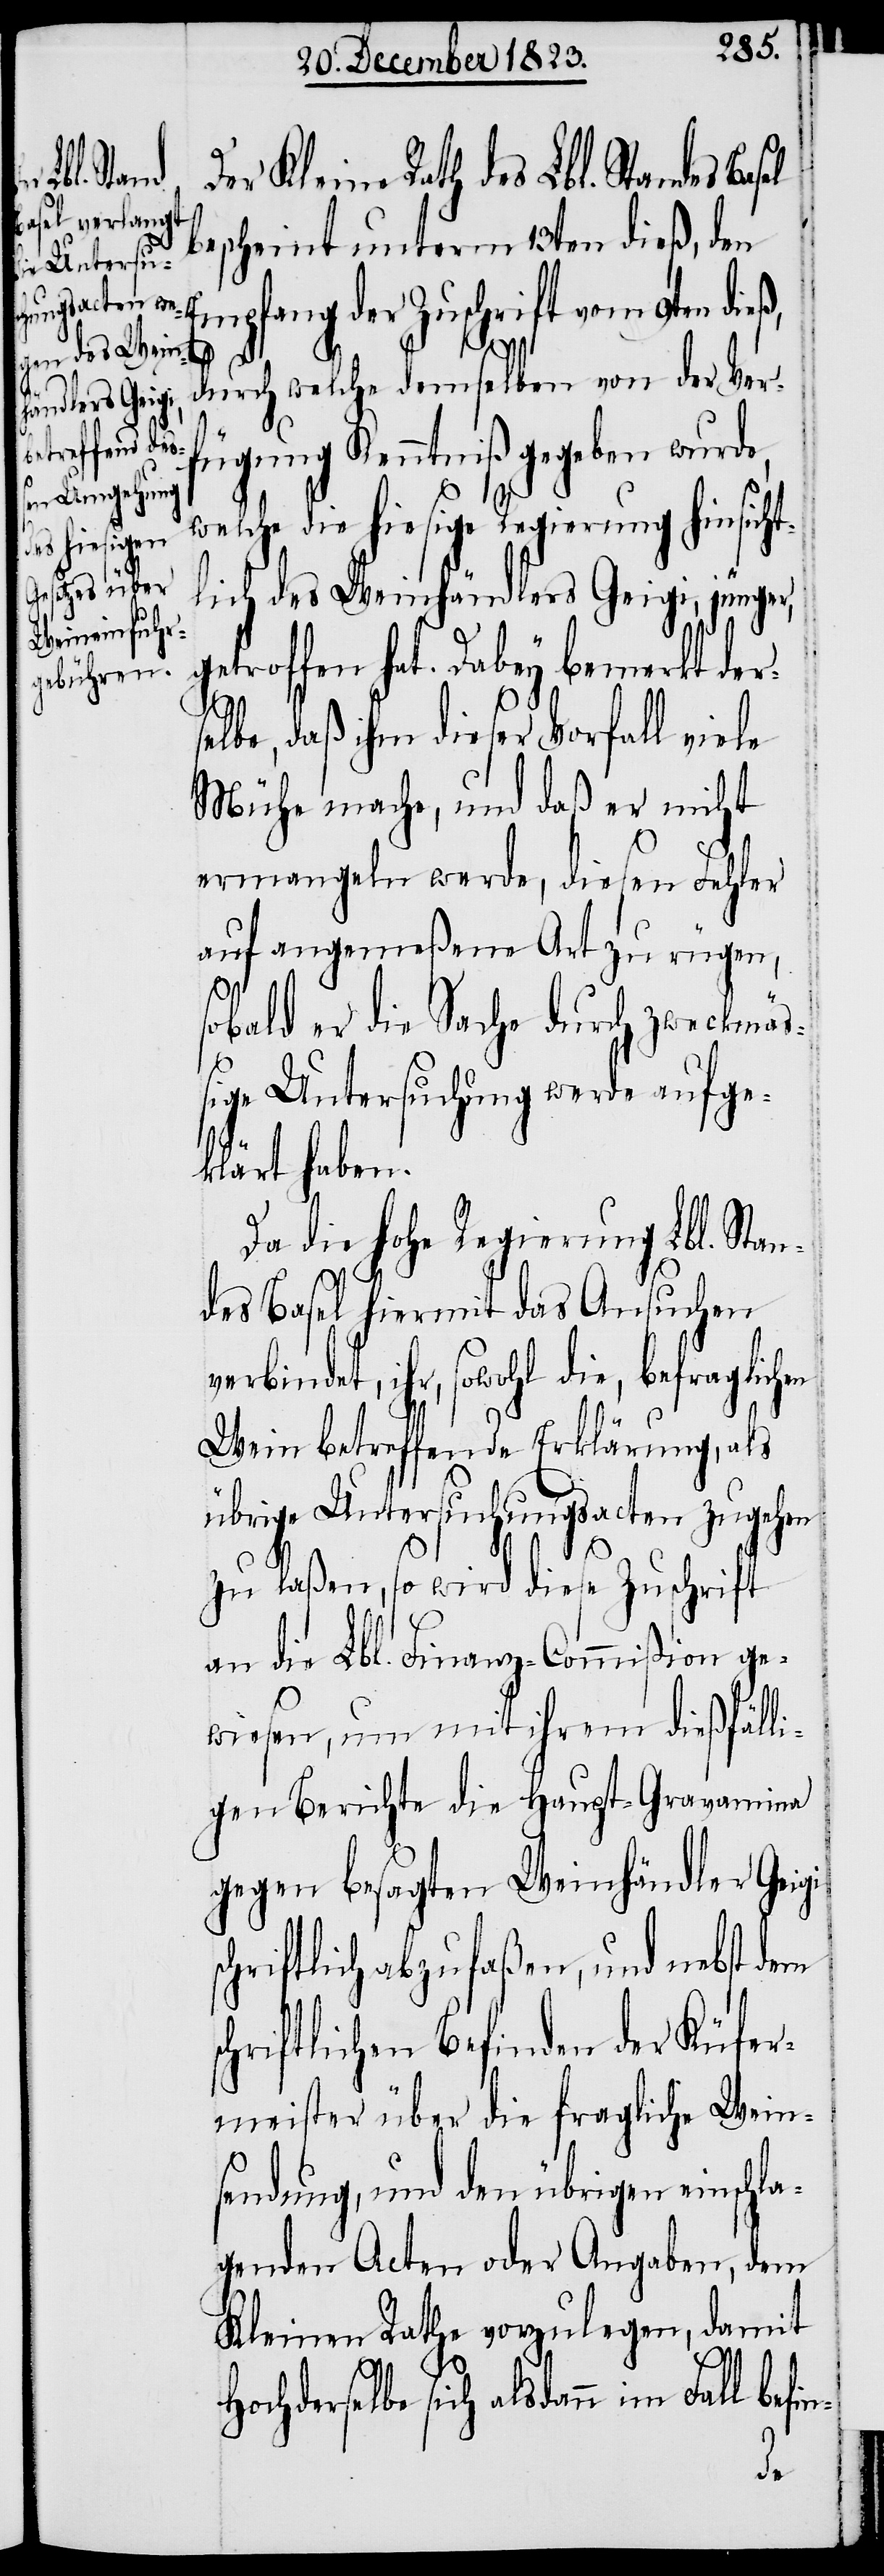
Der Kleine Rath des Lbl. Standes
bescheint unterm 13ten dieß, den
Empfang der Zuschrift vom 9ten dieß,
durch welche demselben von der Ver¬
fügung Kenntniß gegeben wurde,
welche die hiesige Regierung hinsicht¬
lich des Weinhändlers Geigi, jünger,
getroffen hat. Dabey bemerkt der¬
selbe, daß ihm dieser Vorfall viele
Mühe mache, und daß er nicht
ermangeln werde, diesen Fehler
auf angemeßene Art zu rügen,
sobald er die Sache durch zweckmäß¬
ige Untersuchung werde aufge¬
klärt haben.
Da die hohe Regierung Lbl. Stan¬
des Basel hiermit das Ansuchen
verbindet, ihr, sowohl die, befraglichen
Wein betreffende Erklärung, als
übrige Untersuchungsacten zugehen
zu laßen, so wird diese Zuschrift
an die Lbl. Finanz-Commißion ge¬
wiesen, um mit ihrem dießfälli¬
gen Berichte die Haupt-Gravamina
gegen besagten Weinhändler Geigi
chriftlich abzufaßen, und nebst dem
chriftlichen Befinden der Küfer¬
meister über die fragliche Wein¬
sendung, und den übrigen einschla¬
genden Acten oder Angaben, dem
Kleinen Rathe vorzulegen, damit
Hochderselbe sich alsdann im Fall befin-
s¬